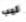
ليب